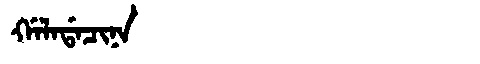
Manchu: ᡤᠠᠯᠠᡩᠠᠴᡳᠨᠠ
Romanization: GALADACINA